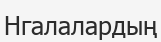
Нгалалардың